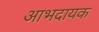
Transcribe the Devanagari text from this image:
आभदायक